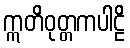
ဣတိဝုတ္တကပါဠိ